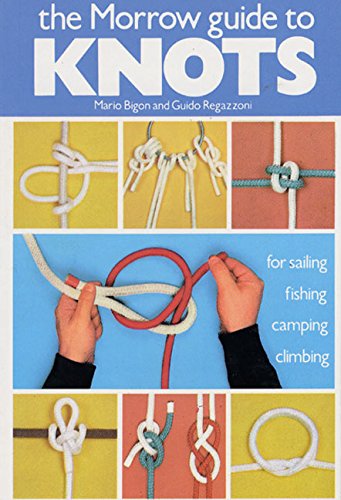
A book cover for The Morrow Guide to Knots: for Sailing, Fishing, Camping, Climbing; Mario Bigon; Engineering & Transportation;